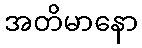
အတိမာနော